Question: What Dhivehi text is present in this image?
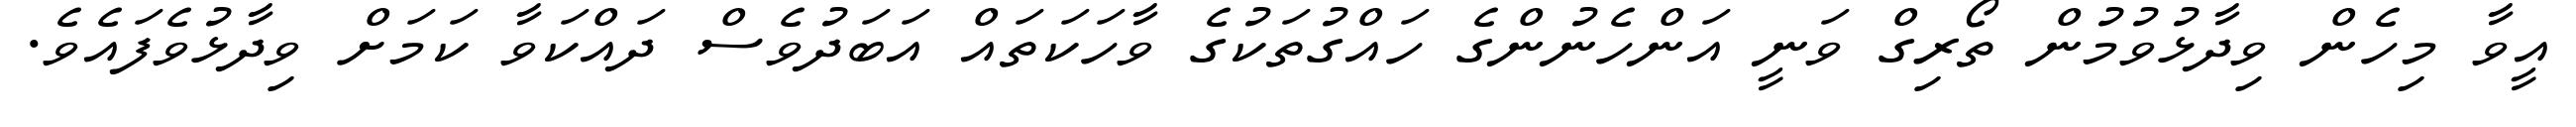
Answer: އީވާ މިހެން ވިދާޅުވުމުން ތޯރިގް ވަނީ އަންހެނުންގެ ހައްގުތަކުގެ ވާހަކަތައް އަބަދުވެސް ދައްކަވާ ކަމަށް ވިދާޅުވެފައެވެ.